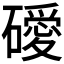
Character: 𥖦